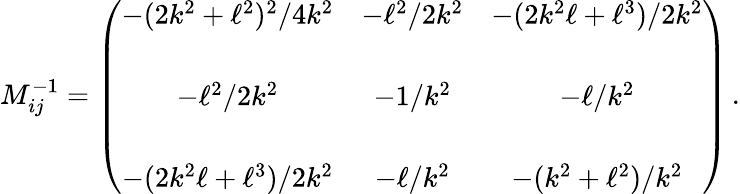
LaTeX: M_{ij}^{-1}=\left(\begin{array}{ccc}{{-(2k^{2}+\ell^{2})^{2}/4k^{2}}}&{{-\ell^{2}/2k^{2}}}&{{-(2k^{2}\ell+\ell^{3})/2k^{2}}}\\ {{}}&{{}}&{{}}\\ {{-\ell^{2}/2k^{2}}}&{{-1/k^{2}}}&{{-\ell/k^{2}}}\\ {{}}&{{}}&{{}}\\ {{-(2k^{2}\ell+\ell^{3})/2k^{2}}}&{{-\ell/k^{2}}}&{{-(k^{2}+\ell^{2})/k^{2}}}\end{array}\right)\, .